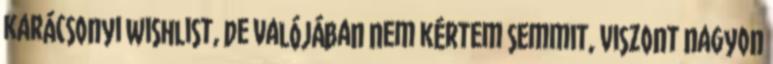
karácsonyi wishlist, de valójában nem kértem semmit, viszont nagyon